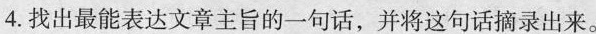
4.找出最能表达文章主旨的一句话，并将这句话摘录出来。